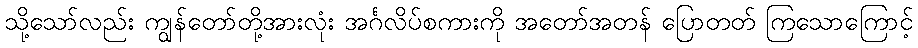
သို့သော်လည်း ကျွန်တော်တို့အားလုံး အင်္ဂလိပ်စကားကို အတော်အတန် ပြောတတ် ကြသောကြောင့်